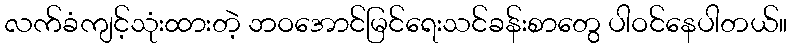
လက်ခံကျင့်သုံးထားတဲ့ ဘဝအောင်မြင်ရေးသင်ခန်းစာတွေ ပါဝင်နေပါတယ်။